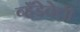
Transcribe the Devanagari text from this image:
व्हँडेवेची